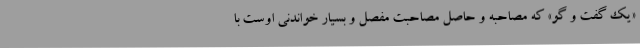
«یک گفت و گو» که مصاحبه و حاصل مصاحبت مفصل و بسیار خواندنی اوست با